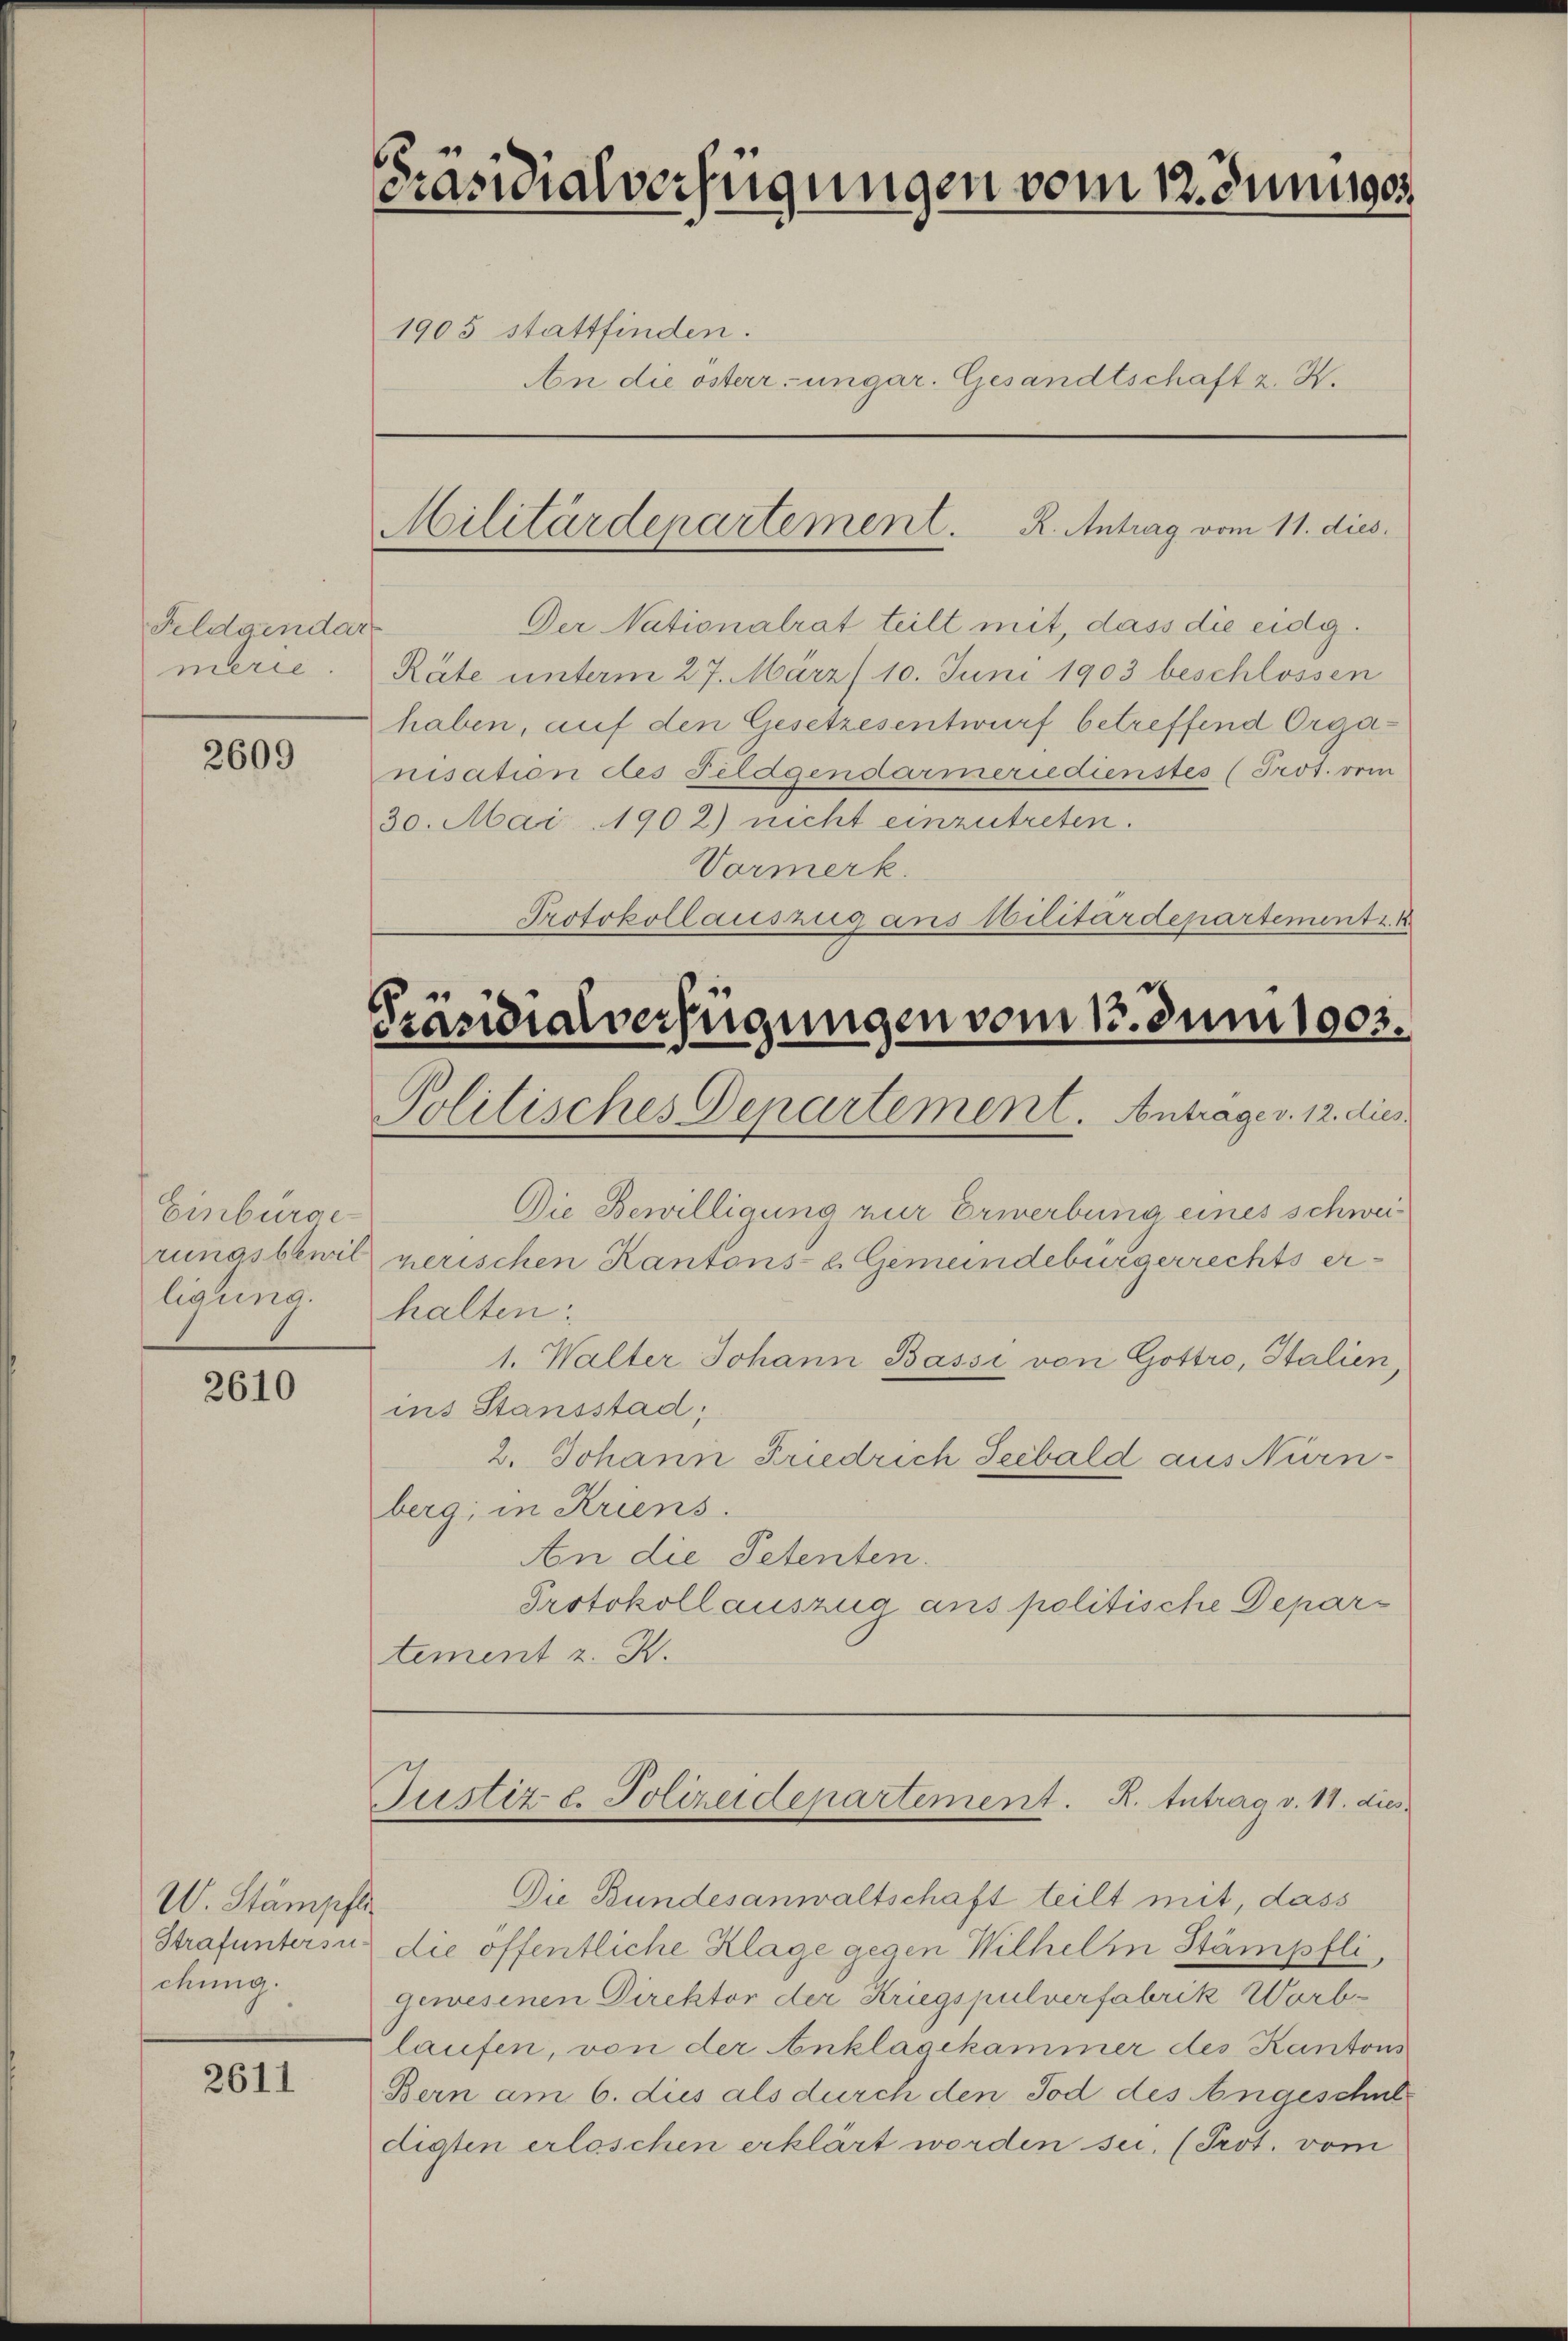
Feldaendar
merie.

2609

Einbürge
rungsbewil
ligung.

2610

W. Stämpfli
Strafuntersu
chung.

2611

Präsidialverfügungen vom 12. Juniser

1905 stattfinden.
An die österr. ungar. Gesandtschaft z. B.

Militärdepartement. R. Antrag vom 11. dies

Der Nationalrat teilt mit, dass die eidg.
t
Räte unterm 27. März/10. Juni 1903 beschlossen
haben, auf den Gesetzesentwurf betreffend Organisation des Feldgendarmeriedienstes (Prot. vom
30. Mai 1902) nicht einzutreten.
Vormerk.
Protokollauszug aus Militärdepartement. 1

Präsidialverfügungen vom 1. Juni 1903.
Politisches Departement. Antrage v. 12. dies

Die Bewilligung zur Erwerbung eines schweinerischen Kantons- u. Gemeindebürgerrechts er-
halten.
1. Walter Johann Bassi von Gottro, Italien,
ins Stansstad
2. Johann Friedrich Seebald aus Nürnberg; in Kriens.
An die Petenten.
Protokollauszug aus politische Departement z. B.

Justiz e. Polizeidepartement. K. Antrag v. 11. dies

Die Bundesanwaltschaft teilt mit, dass
die öffentliche Klage gegen Wilhelm Stämpfli,
gewesenen Direktor der Kriegspulverfabrik Worblaufen, von der Anklagekammer des Kantons
Bern am 6. dus als durch den Tod des Angeschne
digten erloschen erklärt worden sei, (Prot. vom